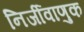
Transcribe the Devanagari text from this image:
निर्जीवाणुक